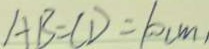
A B = C D = 1 0 ( m )